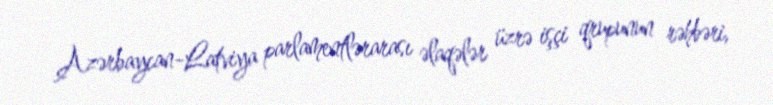
Azərbaycan-Latviya parlamentlərarası əlaqələr üzrə işçi qrupunun rəhbəri,